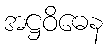
အဋ္ဌဝိဓေန